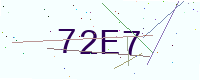
Text: 72E7